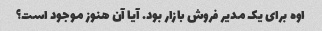
اوه برای یک مدیر فروش بازار بود. آیا آن هنوز موجود است؟